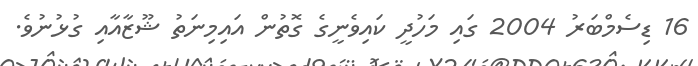
16 ޑިސެމްބަރު 2004 ގައި މަހުދީ ކައިވެނީގެ ގޮތުން އައިމިނަތު ޝޫޒާއާއި ގުޅުނުވެ.